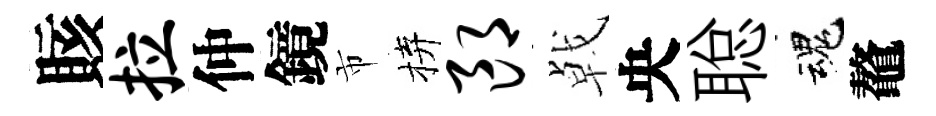
賅拉仲鏡市拚郎㦸央聪魂鼇